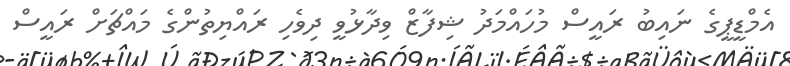
އެމްޑީޕީގެ ނައިބު ރައީސް މުހައްމަދު ޝިފާޒް ވިދާޅުވީ ދިވެހި ރައްޔިތުންގެ މައްޗަށް ރައީސް